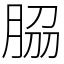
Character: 𦚰